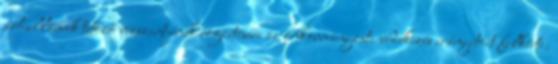
árhullámok tetőző vízszintjének rögzítésére az önkormányzati védekezés irányítóit felkérte.